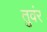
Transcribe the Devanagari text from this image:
तुवंर